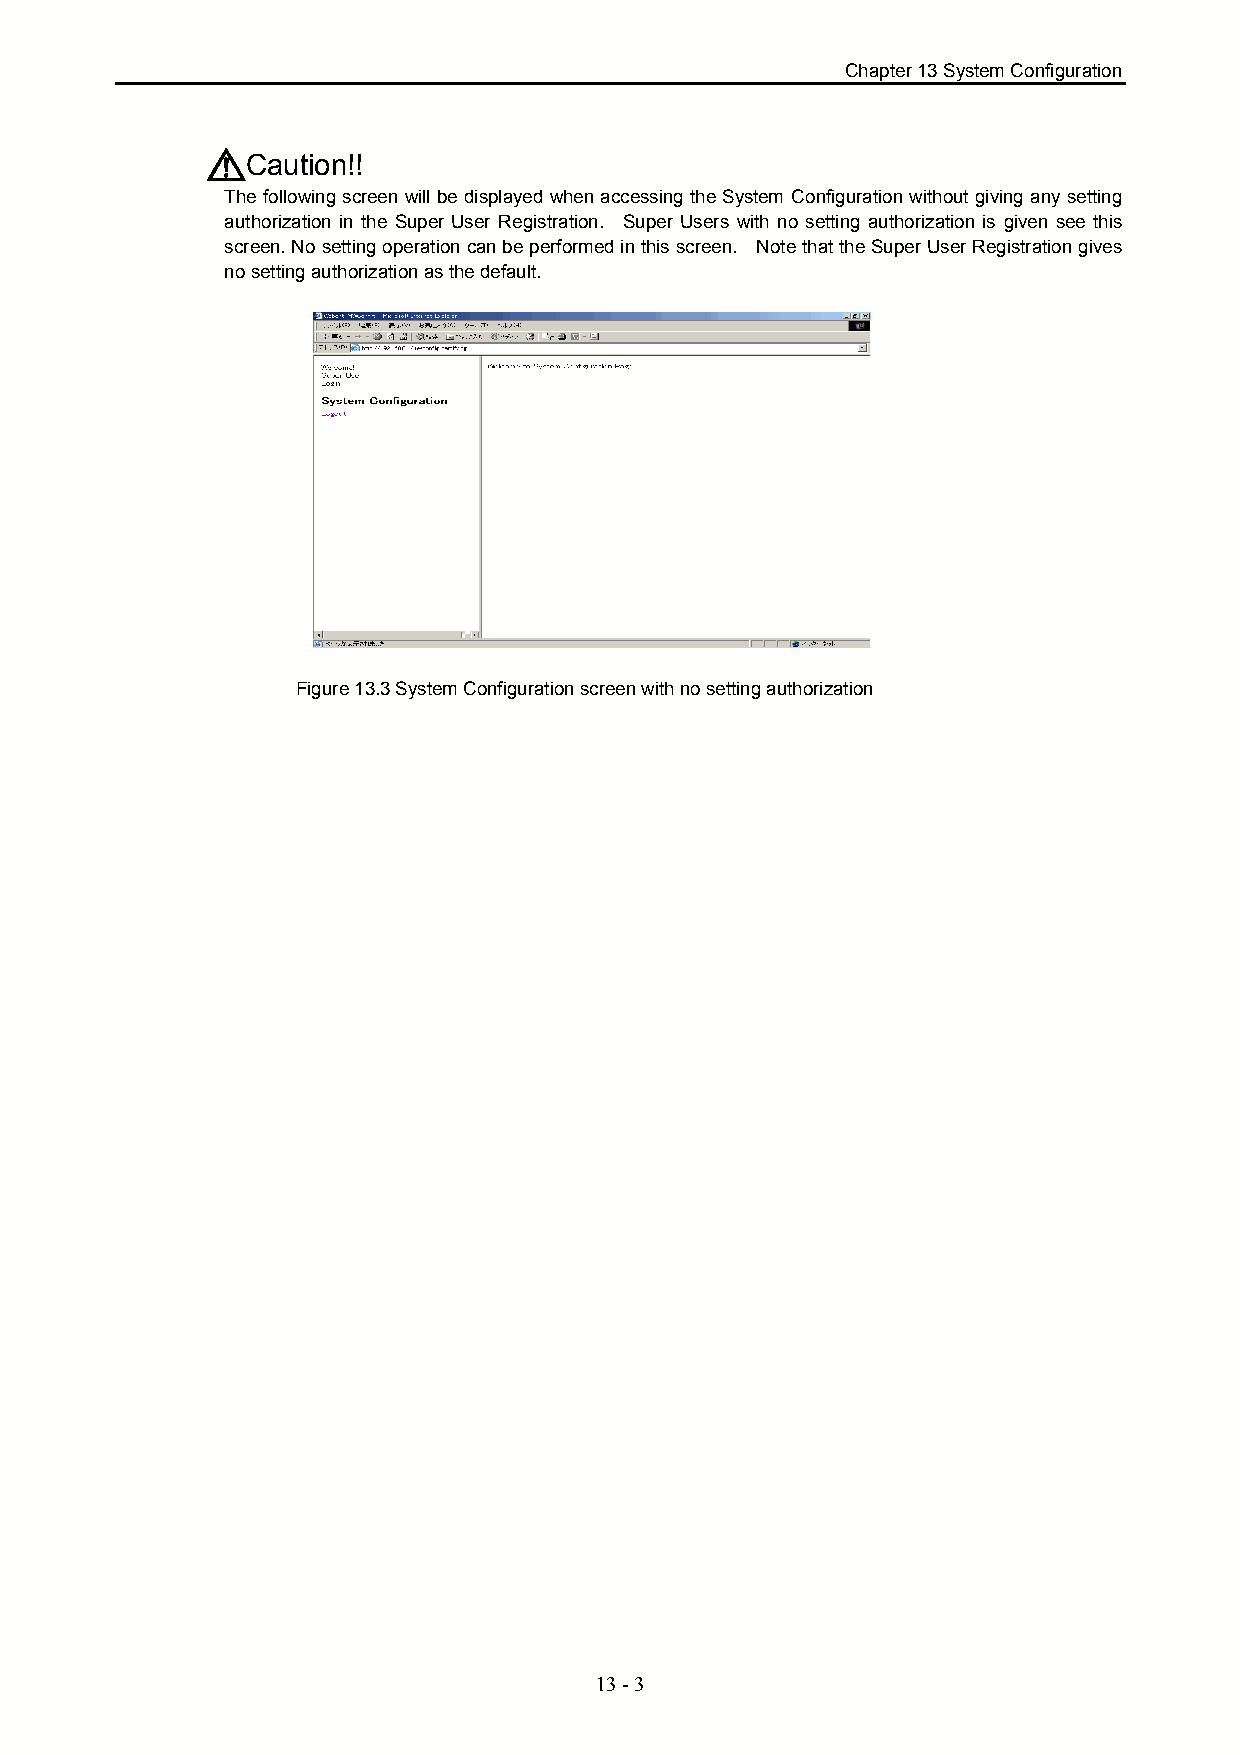
Chapter 13 System Configuration
 Caution!!
 The following screen will be displayed when accessing the System Configuration without giving any setting
 authorization in the Super User Registration. Super Users with no setting authorization is given see this
 screen. No setting operation can be performed in this screen. Note that the Super User Registration gives
 no setting authorization as the default.
 Figure 13.3 System Configuration screen with no setting authorization
 13 - 3